Leningradi_Edasi_toimetus, lk 3
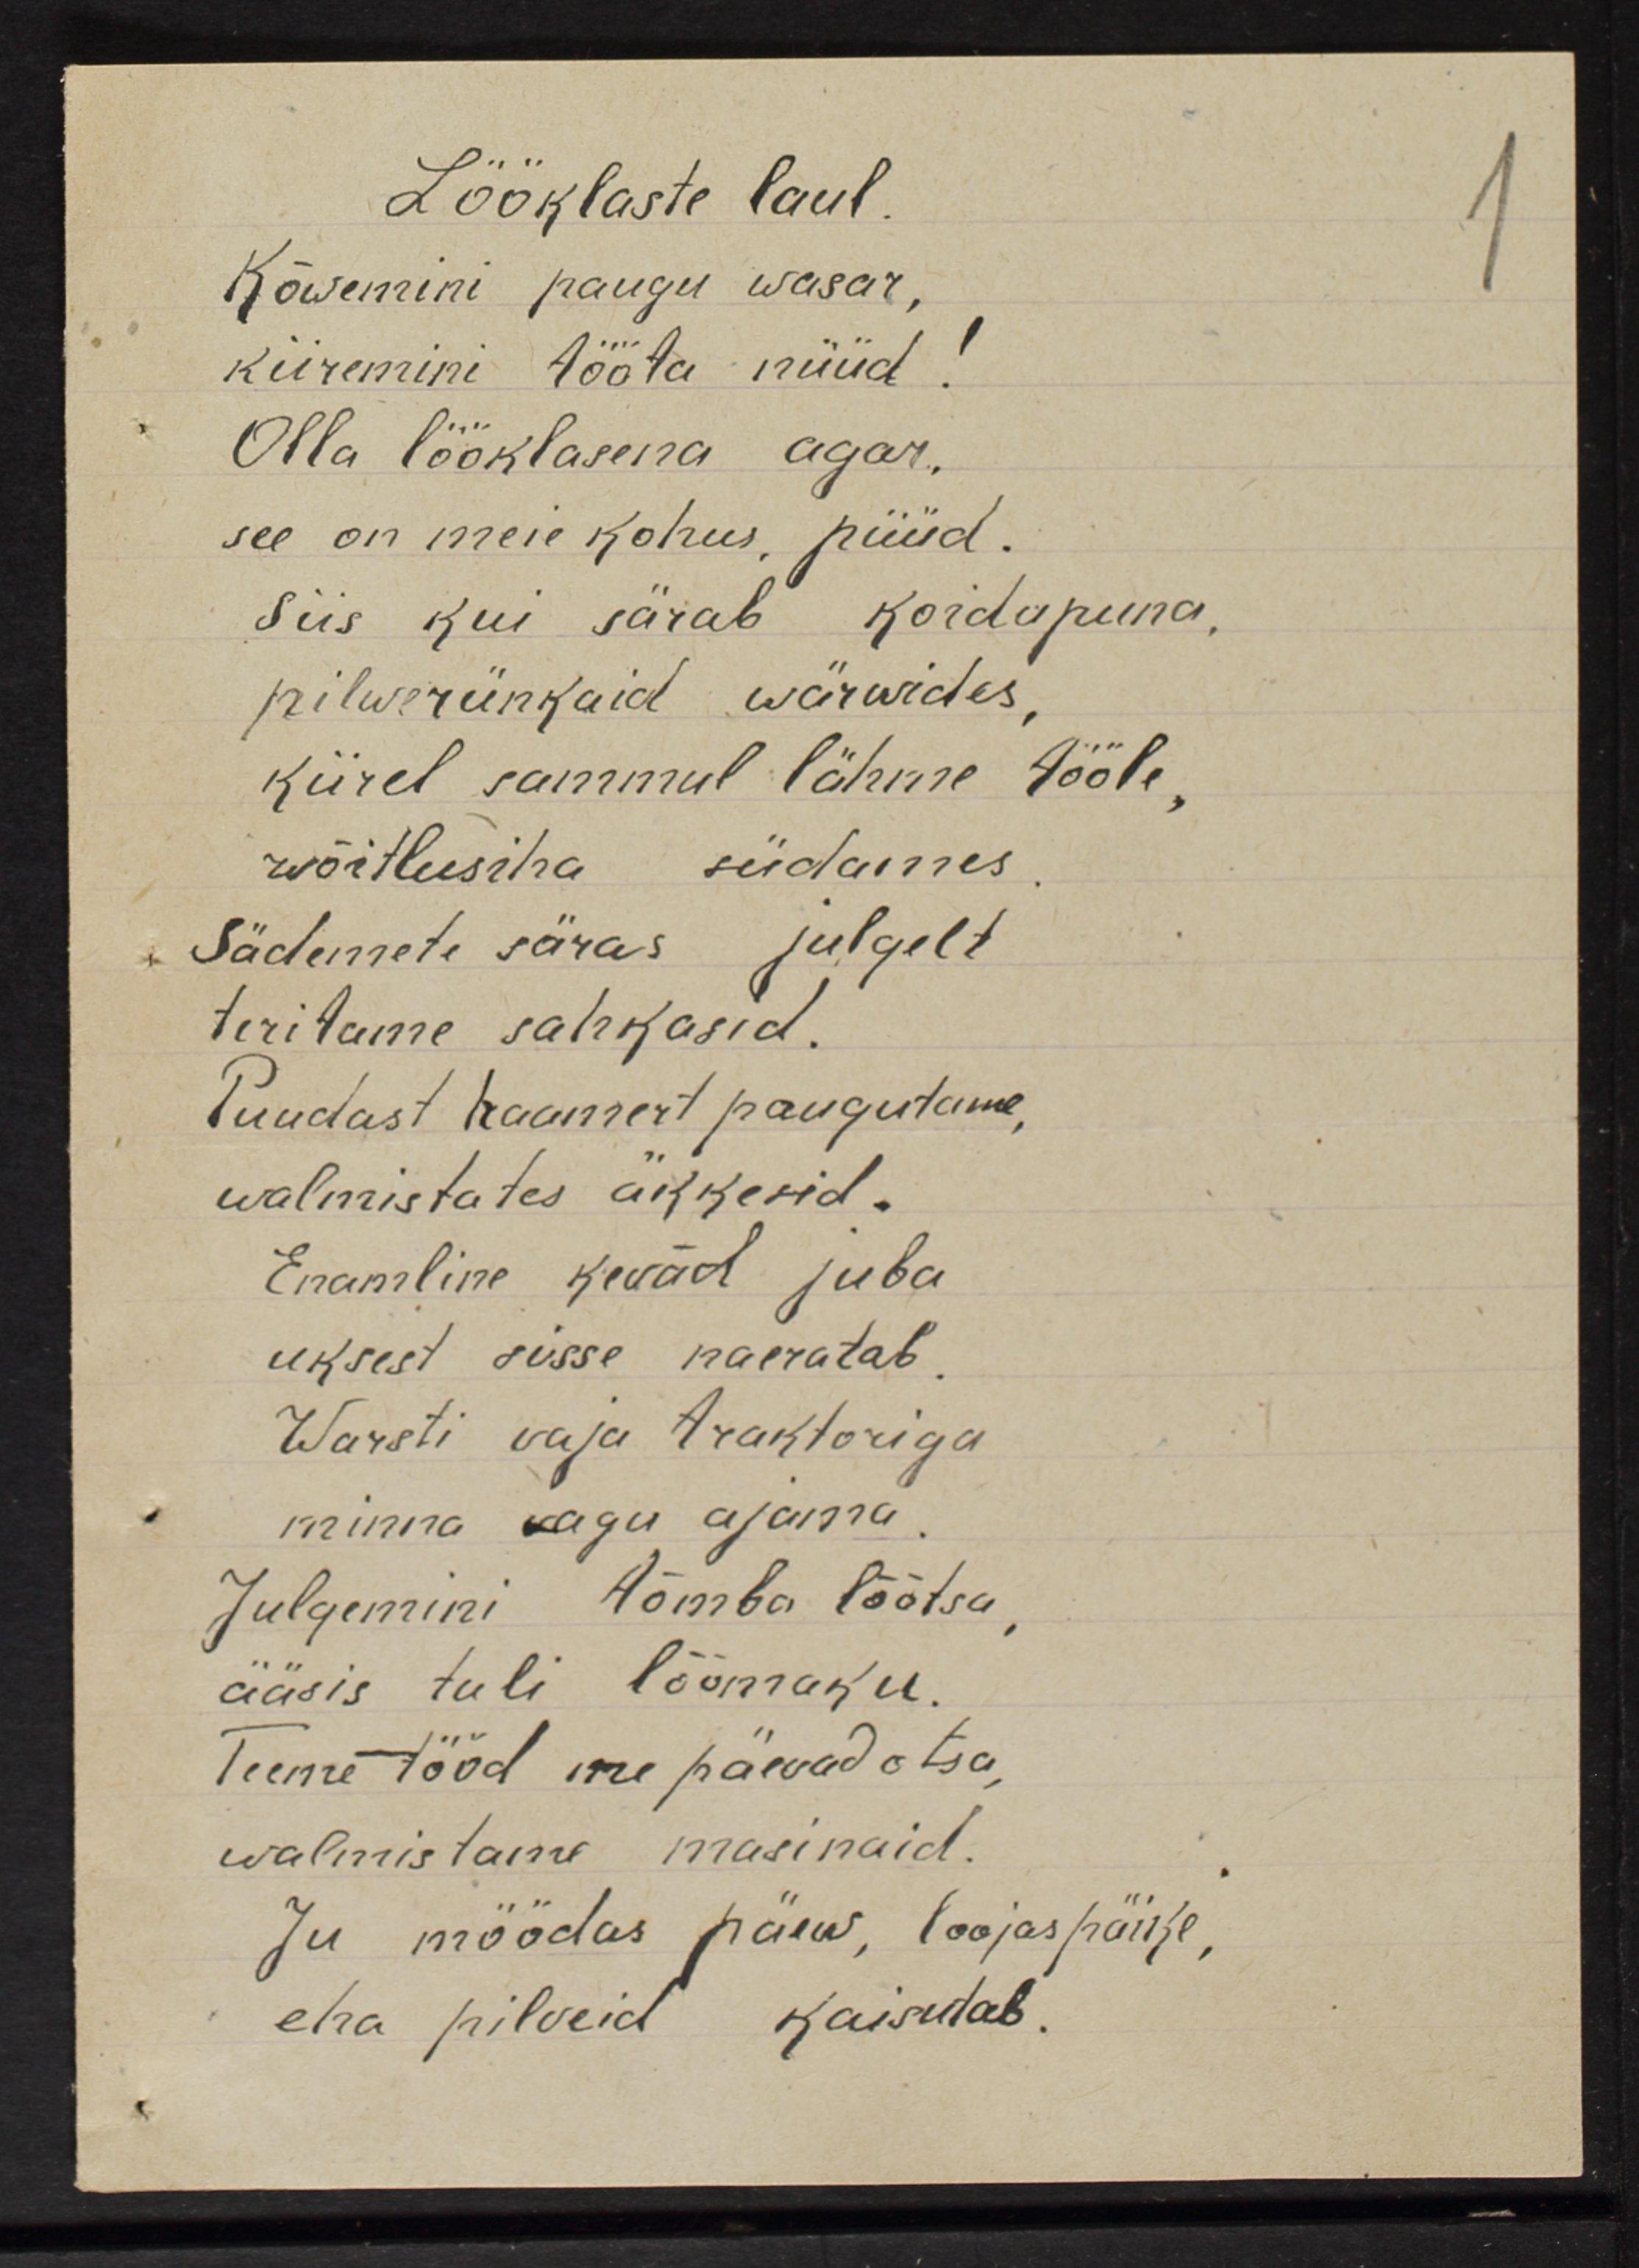
Lööklaste laul
Kõwemini paugu wasar,
kiiremini tööta nüüd!
Olla lööklasena agar,
see on meie kohus, püüd.
siis kui särab koidupuna,
pilwerünkaid wärwides,
kiirel sammul lähme tööle,
wõitlusiha südames.
Sädemete säras julgelt
teritame sahkasid.
Puudast haamert paugutame,
walmistates äkkesid.
Enamline kevad juba
uksest sisse naeratab.
Warsti vaja traktoriga
minna vagu ajama.
Julgemini tõmba lõõtsa,
ääsis tuli lõõmaku.
Teeme tööd me päevad otsa,
walmistame masinaid.
Ju möödas päew, loojas päike,
eha pilveid kaisutab.